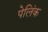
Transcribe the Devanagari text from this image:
पेलिंक